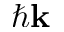
\hbar { \bf k }